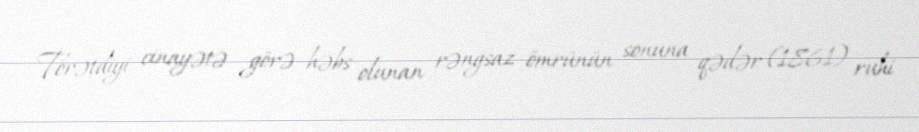
Törətdiyi cinayətə görə həbs olunan rəngsaz ömrünün sonuna qədər (1861) ruhi